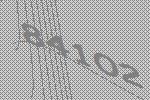
84102